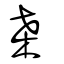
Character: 桑